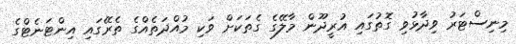
މިނިސްޓަރު ވިދާޅުވި ގޮތުގައި އުރީދޫން މާލޭގެ ގެތަކަށް ވަކި މުއްދަތެއްގެ ތެރޭގައި އިންޓަނެޓްގެ